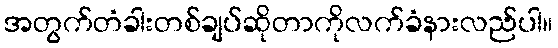
အတွက်တံခါးတစ်ချပ်ဆိုတာကိုလက်ခံနားလည်ပါ။